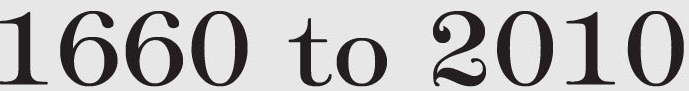
1660 to 2010